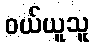
ဝယ်ယူသူ